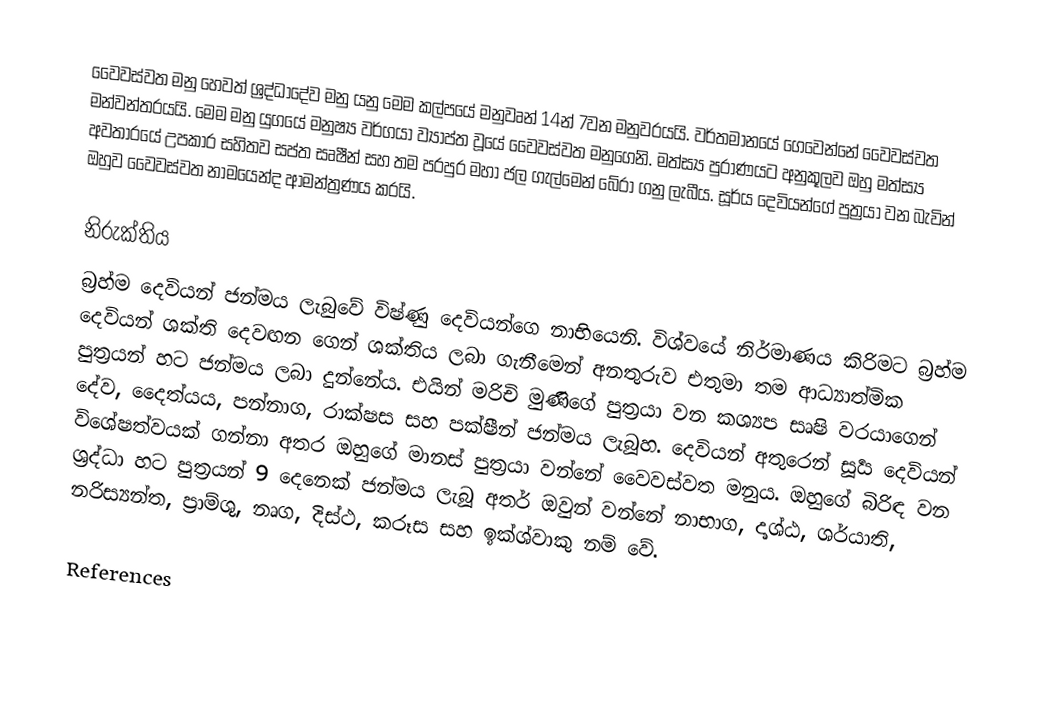
වෛවස්වත මනු හෙවත් ශ්‍රද්ධාදේව මනු යනු මෙම කල්පයේ මනුවෘන් 14න් 7වන මනුවරයයි. වර්තමානයේ ගෙවෙන්නේ වෛවස්වත මන්වන්තරයයි. මෙම මනු යුගයේ මනුෂ්‍ය වර්ගයා ව්‍යාප්ත වූයේ වෛවස්වත මනුගෙනි. මත්ස්‍ය පුරාණයට අනුකූලව ඔහු මත්ස්‍ය අවතාරයේ උපකාර සහිතව සප්ත සෘෂීන් සහ තම පරපුර මහා ජල ගැල්මෙන් බේරා ගනු ලැබීය. සූර්ය දෙවියන්ගේ පුත්‍රයා වන බැවින් ඔහුව වෛවස්වත නාමයෙන්ද ආමන්ත්‍රණය කරයි.

නිරුක්තිය
බ්‍රහ්ම දෙවියන් ජන්මය ලැබුවේ විෂ්ණු දෙවියන්ගෙ නාභියෙනි. විශ්වයේ නිර්මාණය කිරිමට බ්‍රහ්ම දෙවියන් ශක්ති දෙවඟන ගෙන් ශක්තිය ලබා ගැනීමෙන් අනතුරුව එතුමා තම ආධ්‍යාත්මික පුත්‍රයන් හට ජන්මය ලබා දුන්නේය. එයින් මරිචි මුණිගේ පුත්‍රයා වන කශ්‍යප සෘෂි වරයාගෙන් දේව, දෛත්ය‍ය, පන්නාග, රාක්ෂස සහ පක්ෂීන් ජන්මය ලැබූහ. දෙවියන් අතුරෙන් සූර්‍ය දෙවියන් විශේෂත්වයක් ගන්නා අතර ඔහුගේ මානස් පුත්‍රයා වන්නේ වෛවස්වත මනුය. ඔහුගේ බිරිඳ වන ශ්‍රද්ධා හට පුත්‍රයන් 9 දෙනෙක් ජන්මය ලැබූ අතර් ඔවුන් වන්නේ නාභාග, දෘශ්ඨ, ශර්යාති, නරිස්‍යන්ත, ප්‍රාම්ශු, නෘග, දිස්ථ, කරූස සහ ඉක්ශ්වාකු නම් වේ.

References